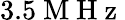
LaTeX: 3.5\mathrm{~M~H~z~}